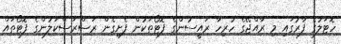
ހޮޓަލުގެ ފާރުގައި މި ރާއްޖޭގެ ހުރިހާ ރައީސުންގެ ފޮޓޯތަކުން ފެށިގެން ރަސްރަސްކަލުންގެ ފޮޓޯތައް